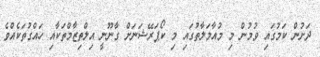
ދަށުން ކަމުގައި ވުމުން މި މުއާމަލާތުގައި މި ކޯޕަރޭޝަނަށް ގާނޫނީ އިލްތިޒާމްތަކާއި ހައްގުތަކެއްވެ